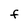
Character: F